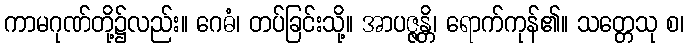
ကာမဂုဏ်တို့၌လည်း။ ဂေဓံ၊ တပ်ခြင်းသို့။ အာပဇ္ဇန္တိ၊ ရောက်ကုန်၏။ သတ္တေသု စ၊